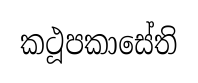
කථූපකාසේති